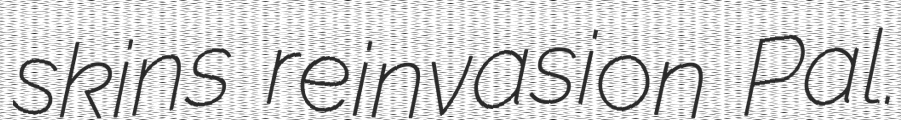
skins reinvasion Pal.